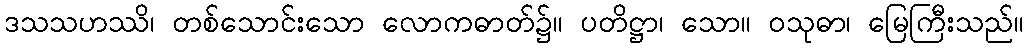
ဒသသဟဿိ၊ တစ်သောင်းသော လောကဓာတ်၌။ ပတိဋ္ဌာ၊ သော။ ဝသုဓာ၊ မြေကြီးသည်။